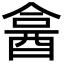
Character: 𨠭